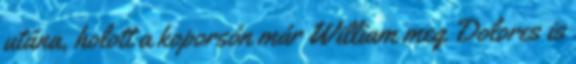
utána, holott a koporsón már William meg Dolores is